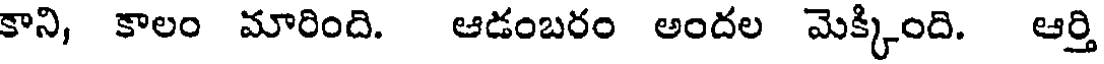
కాని, కాలం మారింది. ఆడంబరం అందల మెక్కింది. ఆర్తి